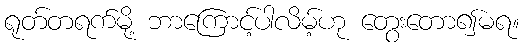
ရုတ်တရက်မို့ ဘာကြောင့်ပါလိမ့်ဟု တွေးတော၍မရ။